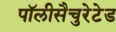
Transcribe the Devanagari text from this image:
पॉलीसैचुरेटेड